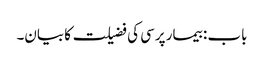
باب : بیمار پرسی کی فضیلت کا بیان۔